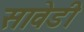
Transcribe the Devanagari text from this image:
सावेडी